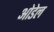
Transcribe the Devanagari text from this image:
ओडेल